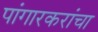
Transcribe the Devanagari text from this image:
पांगारकरांचा